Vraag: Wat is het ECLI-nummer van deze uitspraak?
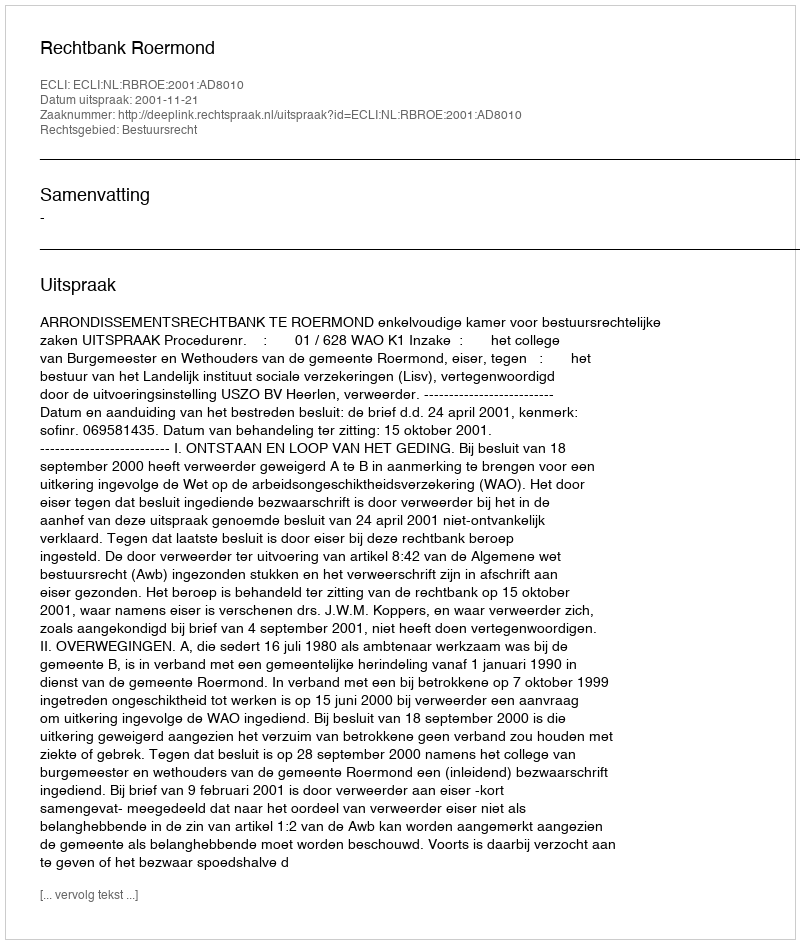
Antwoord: ECLI:NL:RBROE:2001:AD8010